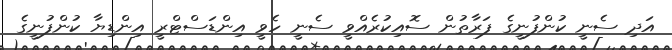
އަދި ސެނީ ކުންފުނީގެ ފަރާތުން ސޮއިކުރެއްވީ ސެނީ ހެވީ އިންޑަސްޓްރީ އިންޑިޔާ ކުންފުނީގެ